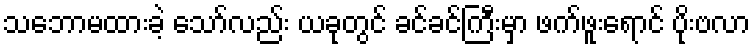
သဘောမထားခဲ့ သော်လည်း ယခုတွင် ခင်ခင်ကြီးမှာ ဖက်ဖူးရောင် ပိုးဗလာ